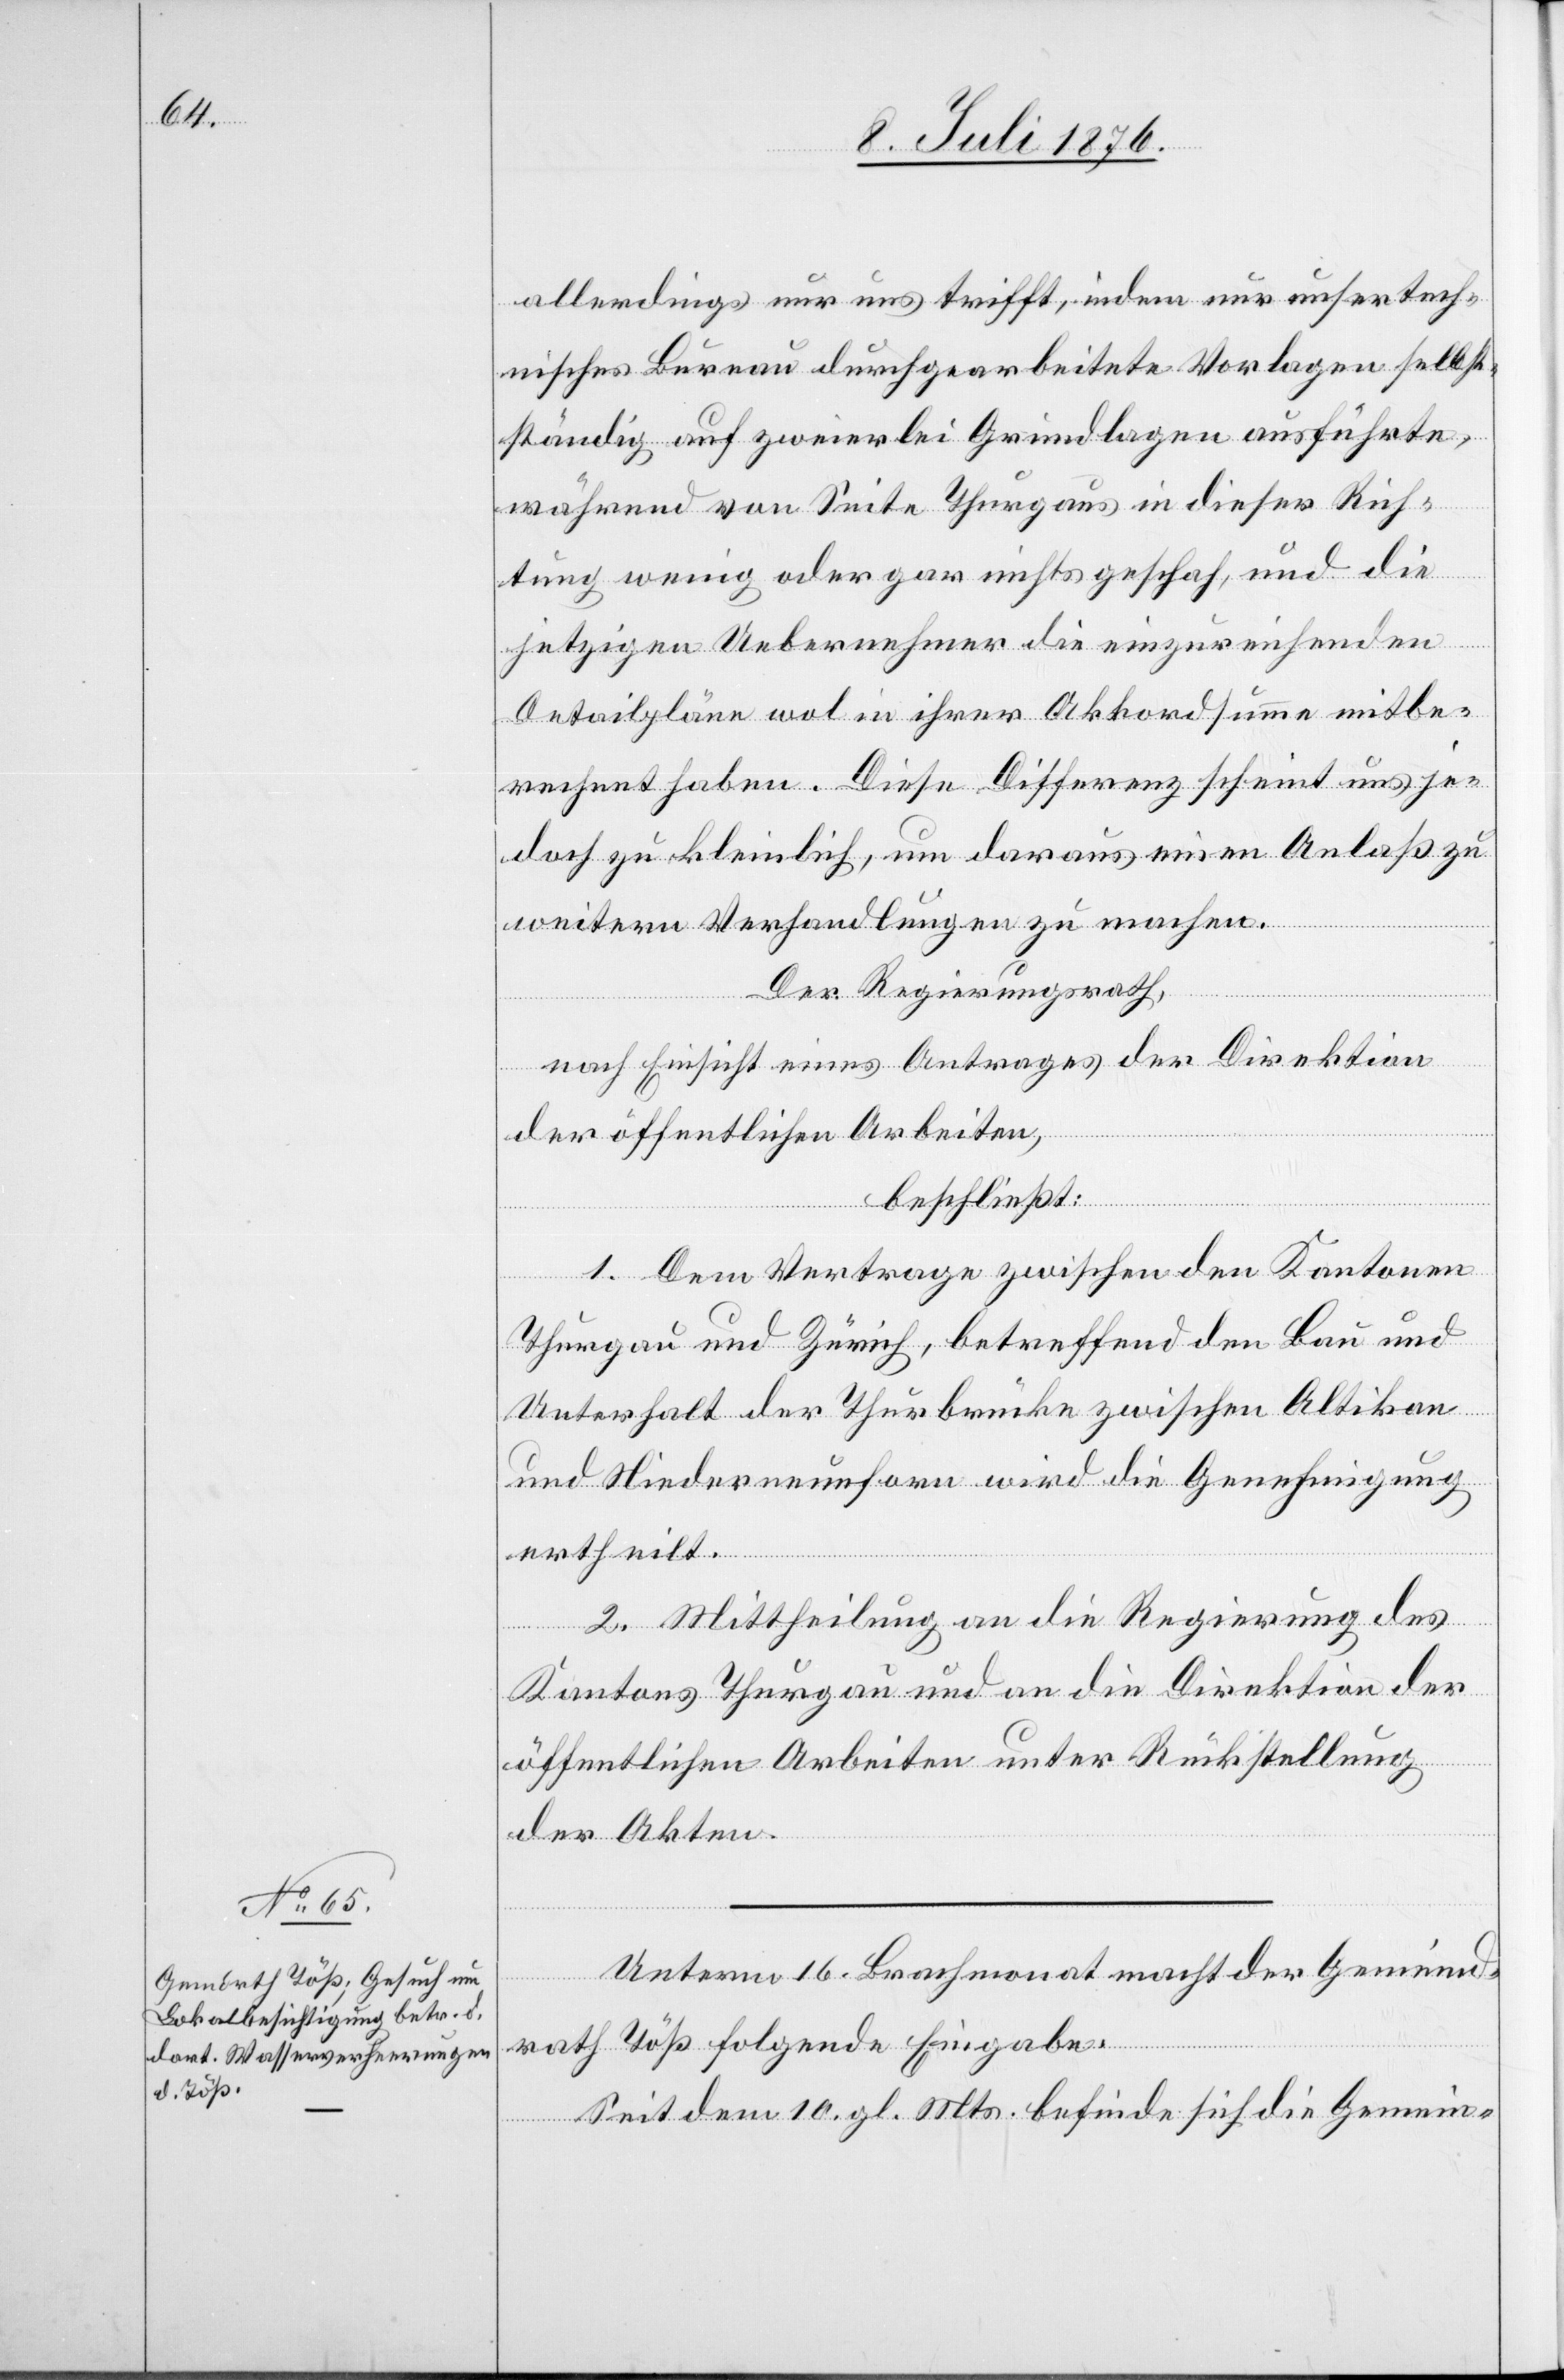
allerdings nur uns trifft, indem nur unser tech¬
nisches Bureau durchgearbeitete Vorlagen selbst¬
ständig auf zweierlei Grundlagen ausführte,
während von Seite Thurgaus in dieser Rich¬
tung wenig oder gar nichts geschah, und die
jetzigen Uebernehmer die einzureichenden
Detailpläne in ihrer Akkordsumme mitbe¬
rechnet haben. Diese Differenz scheint uns je¬
doch zu kleinlich, um daraus einen Anlaß zu
weitern Verhandlungen zu machen.
Der Regierungsrath,
nach Einsicht eines Antrages der Direktion
der öffentlichen Arbeiten,
beschließt:
1. Dem Vertrage zwischen den Kantonen
Thurgau und Zürich, betreffend den Bau und
unterhalt der Thurbrücke zwischen Altikon
und Niederneunforn wird die Genehmigung
ertheilt.
2. Mittheilung an die Regierung des
Kantons Thurgau und an die Direktion der
öffentlichen Arbeiten unter Rückstellung
der Akten.
Unterm 16. Brachmonat macht der Gemeind¬
rath Töß folgende Eingabe.
Seit dem 10. gl. Mts. befinde sich die Gemein-